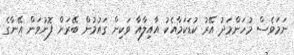
ނަމަވެސް މުހަންމަދު އޭރު ކުޑަކަމާއެކު އާއިލާއާ ވަކިން ގައުމުން ބޭރަށް ފޮނުވަން އޭނާގެ